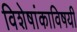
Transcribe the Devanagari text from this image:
विशेषांकाविषयी